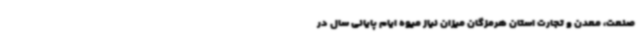
صنعت، معدن و تجارت استان هرمزگان میزان نیاز میوه ایام پایانی سال در